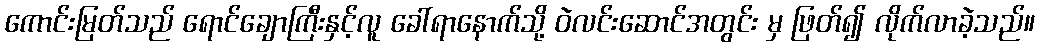
ကောင်းမြတ်သည် ရောင်ချောကြီးနှင့်လူ ခေါ်ရာနောက်သို့ ဝဲလင်းဆောင်အတွင်း မှ ဖြတ်၍ လိုက်လာခဲ့သည်။